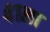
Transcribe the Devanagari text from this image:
४१ला